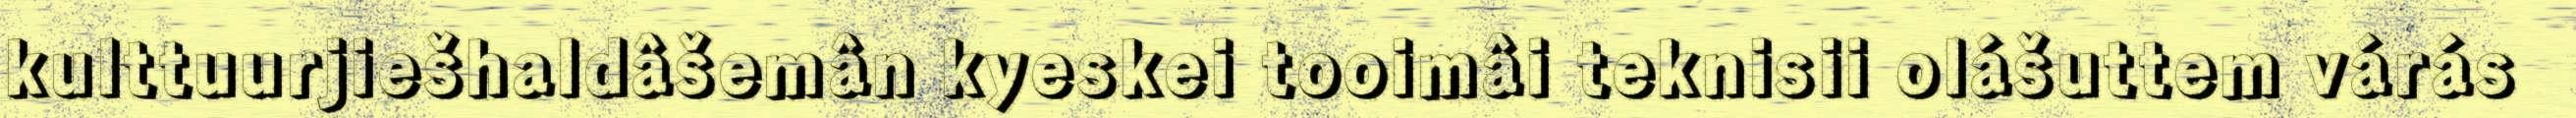
kulttuurjiešhaldâšemân kyeskei tooimâi teknisii olášuttem várás